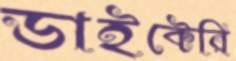
ডাইক্টেরি